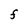
Character: F